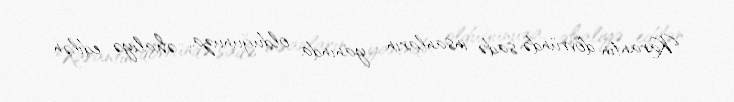
Karantin dövründə sadə insanların yanında olduğunuza, əhaliyə edilən